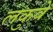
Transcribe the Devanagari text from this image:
लकुवे